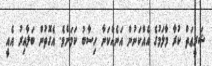
ޝަރީޢަތް ކުރާ މާލަމުގެ އެއްކަނުން އަނެއްކަނާ ހިސާބު ކަމަށެވެ. އެގޮތުން ބަލާއިރު އެއީ